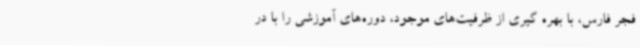
فجر فارس، با بهره گیری از ظرفیت‌های موجود، دوره‌های آموزشی را با در